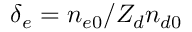
\delta _ { e } = n _ { e 0 } / Z _ { d } n _ { d 0 }